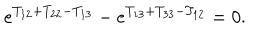
e ^ { T _ { 1 2 } + T _ { 2 2 } - T _ { 1 3 } } - e ^ { T _ { 1 3 } + T _ { 3 3 } - T _ { 1 2 } } = 0 .